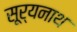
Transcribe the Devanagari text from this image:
सूर्यनाथ